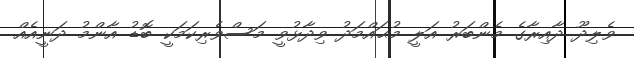
ވެލިދޫ ދާއިރާގެ މެންބަރު އަލީ މުޙައްމަދު ވިދާޅުވީ މަސްވެރިކަމަކީ ބޮޑު އާންމު ދަނީއެއް